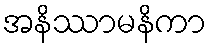
အနိဿာမနိကာ